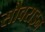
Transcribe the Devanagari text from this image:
सौवराइन